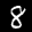
Label: 8